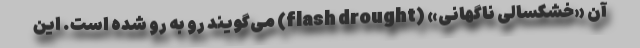
آن «خشکسالی ناگهانی» (flash drought) می‌گویند رو به رو شده است. این